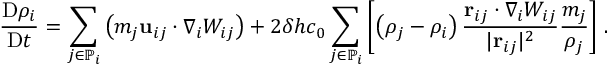
\frac { \mathrm { D } \rho _ { i } } { \mathrm { D } t } = \sum _ { j \in \mathbb { P } _ { i } } \left( m _ { j } \mathbf { u } _ { i j } \cdot \nabla _ { i } W _ { i j } \right) + 2 \delta h c _ { 0 } \sum _ { j \in \mathbb { P } _ { i } } \left[ \left( \rho _ { j } - \rho _ { i } \right) \frac { \mathbf { r } _ { i j } \cdot \nabla _ { i } W _ { i j } } { \vert \mathbf { r } _ { i j } \vert ^ { 2 } } \frac { m _ { j } } { \rho _ { j } } \right] \, .